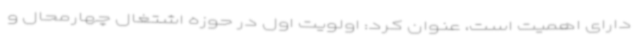
دارای اهمیت است، عنوان کرد: اولویت اول در حوزه اشتغال چهارمحال و